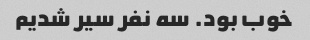
خوب بود. سه نفر سیر شدیم